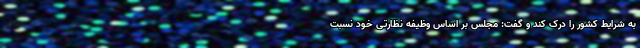
به شرایط کشور را درک کند و گفت: مجلس بر اساس وظیفه نظارتی خود نسبت